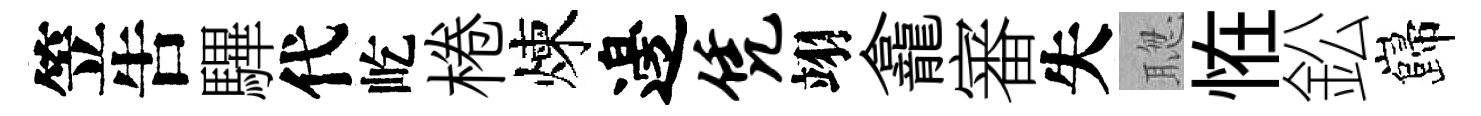
笠吿驆代屹棬煉邊凭翊龕審失聦恠鈆巋